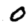
Digit: 0